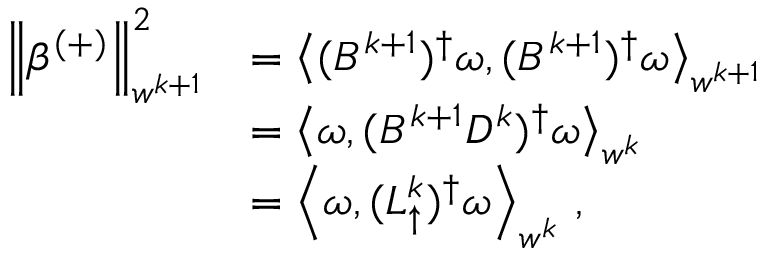
\begin{array} { r l } { \left\lVert \beta ^ { ( + ) } \right\rVert _ { w ^ { k + 1 } } ^ { 2 } } & { = \left\langle ( B ^ { k + 1 } ) ^ { \dagger } \omega , ( B ^ { k + 1 } ) ^ { \dagger } \omega \right\rangle _ { w ^ { k + 1 } } } \\ & { = \left\langle \omega , ( B ^ { k + 1 } D ^ { k } ) ^ { \dagger } \omega \right\rangle _ { w ^ { k } } } \\ & { = \left\langle \omega , ( L _ { \uparrow } ^ { k } ) ^ { \dagger } \omega \right\rangle _ { w ^ { k } } \, , } \end{array}